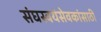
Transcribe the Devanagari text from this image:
संघस्वयंसेवकांसाठी